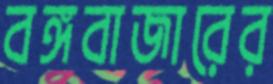
বঙ্গবাজারের